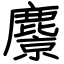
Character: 麖